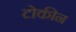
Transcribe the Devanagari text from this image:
टोकीन